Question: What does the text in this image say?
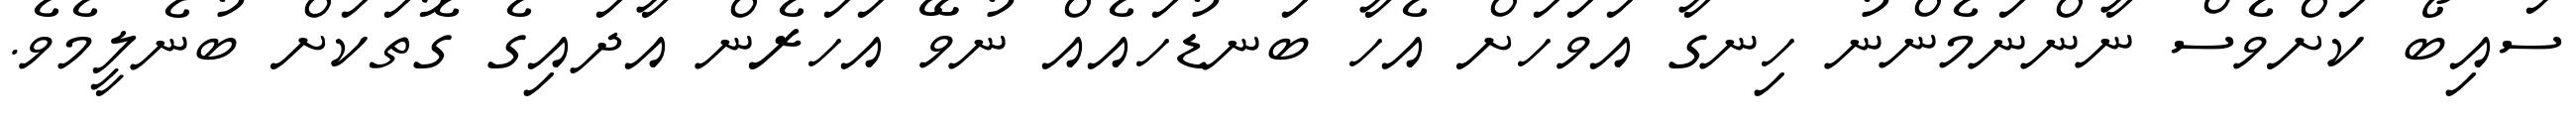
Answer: ސައިބޯ ކަށްވެސް ނާންނަމެންނު ހިނގާ އަވަހަށް އެހާ ބަނޑުހައެއް ނުވޭ އަހަރެން އާދައިގެ ގޮތަކަށް ބުނެލީމެވެ.